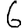
Digit: 6